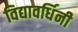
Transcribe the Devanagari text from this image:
विद्यावर्धिनी